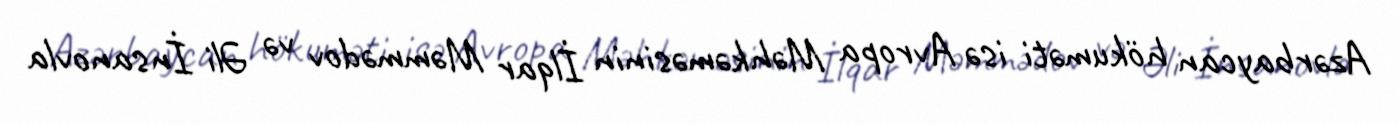
Azərbaycan hökuməti isə Avropa Məhkəməsinin İlqar Məmmədov və Əli İnsanovla